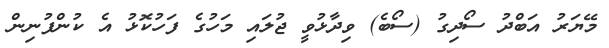
މޭޔަރު އަބްދު ސޯދިގު (ސޯބެ) ވިދާޅުވީ ޖުލައި މަހުގެ ފަހުކޮޅު އެ ކުންފުނިން